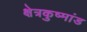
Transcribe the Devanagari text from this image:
क्षेत्रकुष्मांड